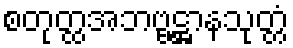
စတုတ္ထအဘဗ္ဗဋ္ဌာနသုတ္တံ